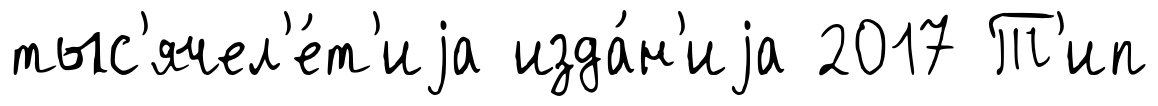
тыс'ячел'е́т'иjа изда́н'иjа 2017 Т'ип